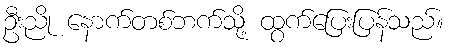
ဦးညို နောက်တစ်ဘက်သို့ ထွက်ပြေးပြန်သည်။